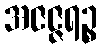
အဇဇ္ဇရဉ္စ